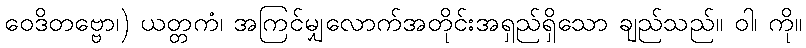
ဝေဒိတဗ္ဗော၊) ယတ္တကံ၊ အကြင်မျှလောက်အတိုင်းအရှည်ရှိသော ချည်သည်။ ဝါ၊ ကို။